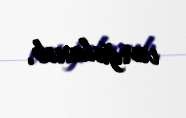
vurğulanıb.